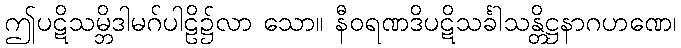
ဤပဋိသမ္ဘိဒါမဂ်ပါဠိ၌လာ သော။ နီဝရဏဒိပဋိသင်္ခါသန္တိဋ္ဌနာဂဟဏေ၊